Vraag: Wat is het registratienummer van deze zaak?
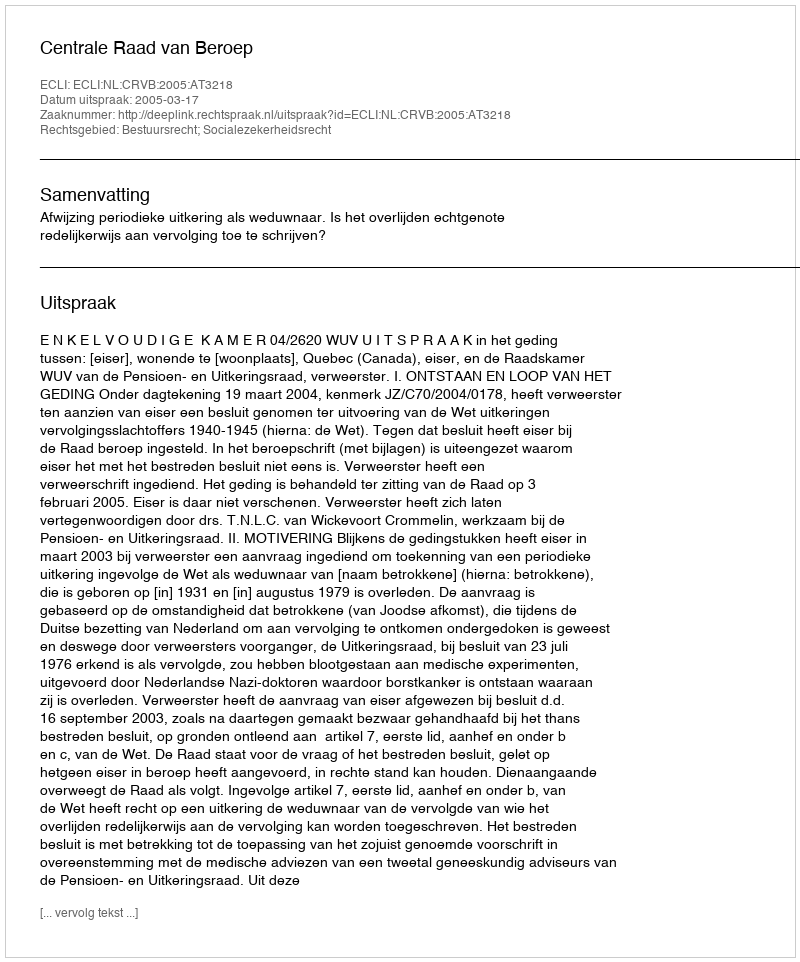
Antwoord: http://deeplink.rechtspraak.nl/uitspraak?id=ECLI:NL:CRVB:2005:AT3218